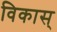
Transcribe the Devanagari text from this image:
विकास्